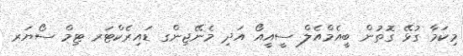
މިކަމާ ގުޅޭ ގޮތުން ބީއެމްއެލް ސީއީއޯ އަދި މެނޭޖިންގ ޑައިރެކްޓަރ ޓިމް ސޯޔަރ